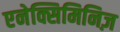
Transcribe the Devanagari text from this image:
एनेक्सिमिनिज़